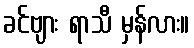
ခင်ဗျား ရာသီ မှန်လား။